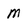
Character: M